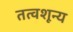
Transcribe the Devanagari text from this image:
तत्वशून्य